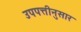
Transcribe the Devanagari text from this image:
उपपत्तीनुसार